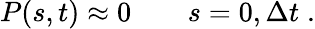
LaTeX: P(s,t)\approx 0\qquad s=0,{\Delta t}\; .